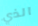
الذي